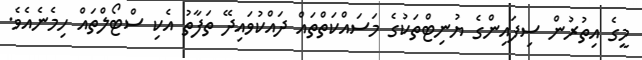
މީގެ އިތުރުން ސިފައިންގެ ޔުނިޓްތަކުގެ މަސައްކަތްތައް ދައްކުވައިދޭ ތަފާތު އެކި ސްޓޯލްތައް ހިމެނެއެވެ.